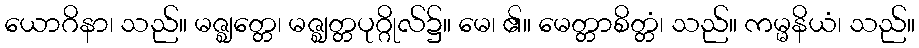
ယောဂိနာ၊ သည်။ မဇ္ဈတ္တေ၊ မဇ္ဈတ္တပုဂ္ဂိုလ်၌။ မေ၊ ၏။ မေတ္တာစိတ္တံ၊ သည်။ ကမ္မနိယံ၊ သည်။